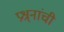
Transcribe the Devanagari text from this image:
प्रश्र्नांची